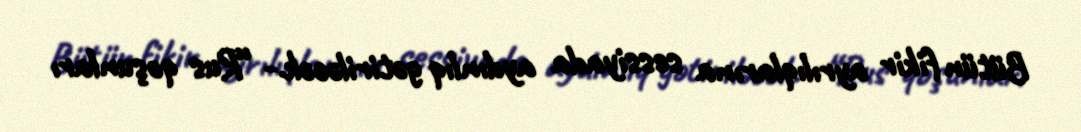
Bütün fikir ayrılıqlarına sessiyada aydınlıq gətiriləcək.- “Rus qoşunları